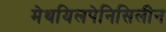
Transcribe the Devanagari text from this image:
मेथयिलपेनिसिलीन